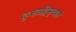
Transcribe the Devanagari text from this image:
दुःखाद्विमुच्यते